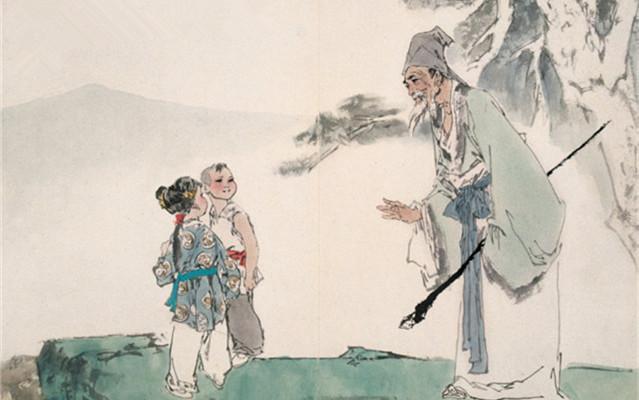
为世用者，百篇无害不为用者，一章无补。